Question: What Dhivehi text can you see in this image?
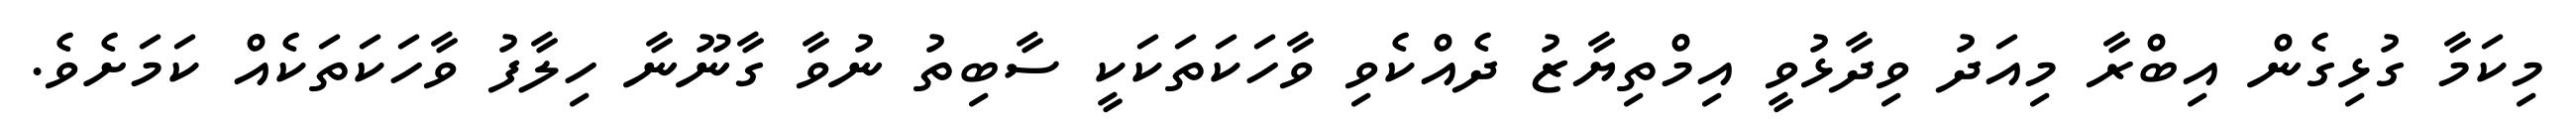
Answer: މިކަމާ ގުޅިގެން އިބްރާ މިއަދު ވިދާޅުވީ އިމްތިޔާޒު ދެއްކެވި ވާހަކަތަކަކީ ސާބިތު ނުވާ ގާނޫނާ ހިލާފު ވާހަކަތަކެއް ކަމަށެވެ.